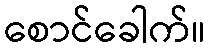
စောင်ခေါက်။